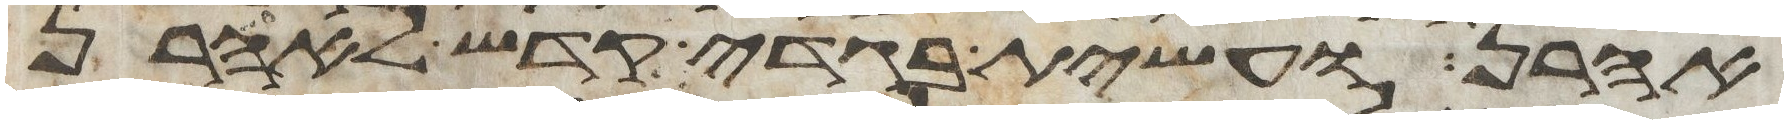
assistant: אהרן ועשית בגדי קדש לאהרן